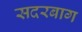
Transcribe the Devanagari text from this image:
सदरबाग